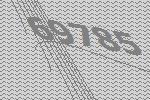
69785